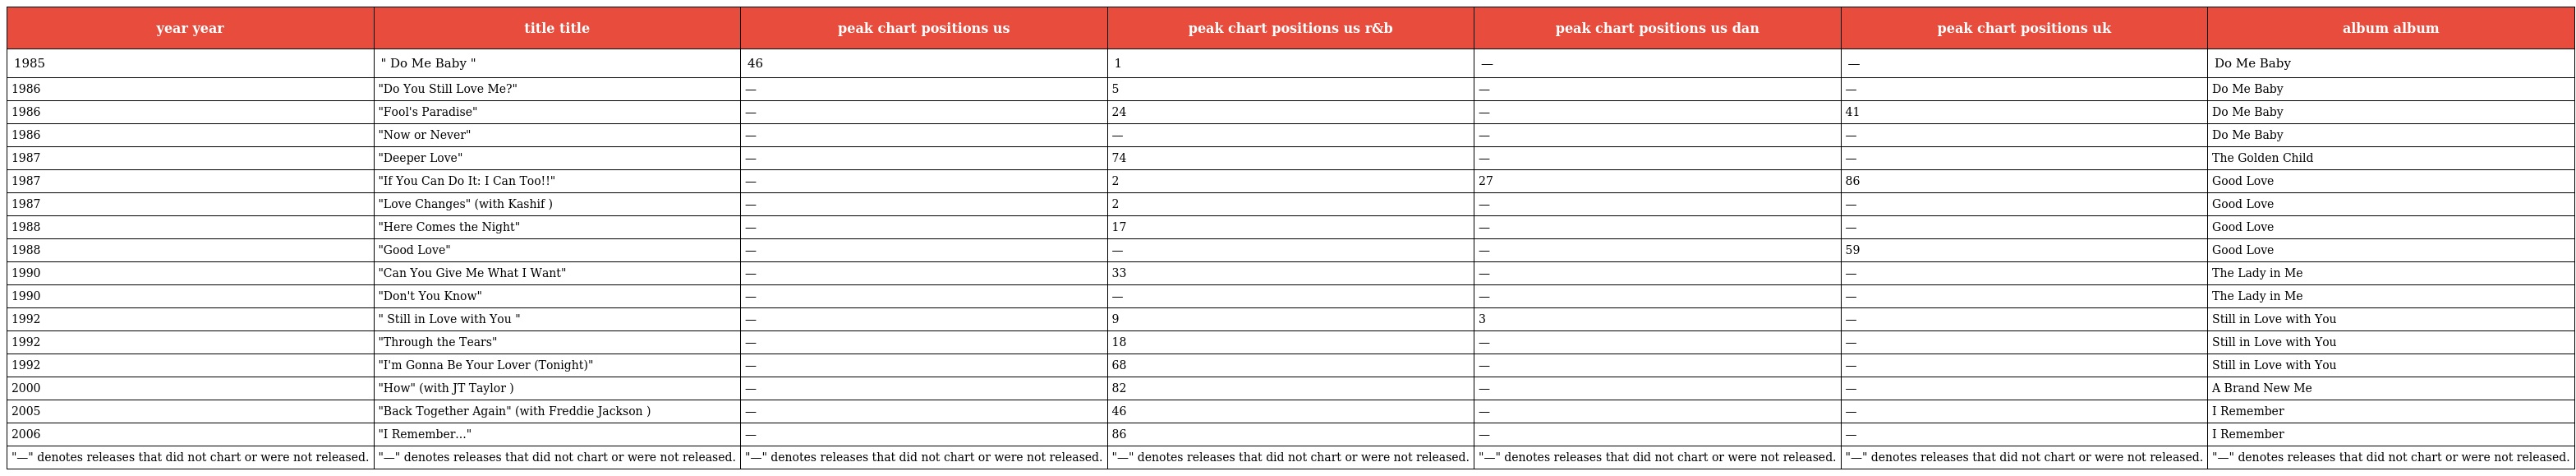
| year year | title title | peak chart positions us | peak chart positions us r&b | peak chart positions us dan | peak chart positions uk | album album |
 | --- | --- | --- | --- | --- | --- | --- |
 | 1985 | " Do Me Baby " | 46 | 1 | — | — | Do Me Baby |
 | 1986 | "Do You Still Love Me?" | — | 5 | — | — | Do Me Baby |
 | 1986 | "Fool's Paradise" | — | 24 | — | 41 | Do Me Baby |
 | 1986 | "Now or Never" | — | — | — | — | Do Me Baby |
 | 1987 | "Deeper Love" | — | 74 | — | — | The Golden Child |
 | 1987 | "If You Can Do It: I Can Too!!" | — | 2 | 27 | 86 | Good Love |
 | 1987 | "Love Changes" (with Kashif ) | — | 2 | — | — | Good Love |
 | 1988 | "Here Comes the Night" | — | 17 | — | — | Good Love |
 | 1988 | "Good Love" | — | — | — | 59 | Good Love |
 | 1990 | "Can You Give Me What I Want" | — | 33 | — | — | The Lady in Me |
 | 1990 | "Don't You Know" | — | — | — | — | The Lady in Me |
 | 1992 | " Still in Love with You " | — | 9 | 3 | — | Still in Love with You |
 | 1992 | "Through the Tears" | — | 18 | — | — | Still in Love with You |
 | 1992 | "I'm Gonna Be Your Lover (Tonight)" | — | 68 | — | — | Still in Love with You |
 | 2000 | "How" (with JT Taylor ) | — | 82 | — | — | A Brand New Me |
 | 2005 | "Back Together Again" (with Freddie Jackson ) | — | 46 | — | — | I Remember |
 | 2006 | "I Remember..." | — | 86 | — | — | I Remember |
 | "—" denotes releases that did not chart or were not released. | "—" denotes releases that did not chart or were not released. | "—" denotes releases that did not chart or were not released. | "—" denotes releases that did not chart or were not released. | "—" denotes releases that did not chart or were not released. | "—" denotes releases that did not chart or were not released. | "—" denotes releases that did not chart or were not released. |